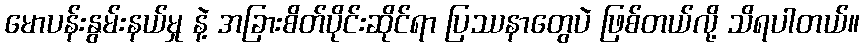
မောပန်းနွမ်းနယ်မှု နဲ့ အခြားစိတ်ပိုင်းဆိုင်ရာ ပြဿနာတွေပဲ ဖြစ်တယ်လို့ သိရပါတယ်။